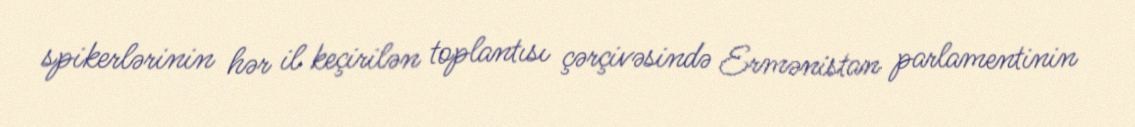
spikerlərinin hər il keçirilən toplantısı çərçivəsində Ermənistan parlamentinin